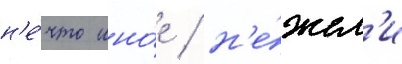
н'е́что ино́е / н'е́жел'и